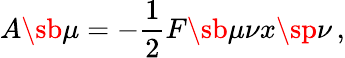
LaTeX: A\sb\mu=-\frac{1}{2}F\sb{\mu\nu}x\sp\nu\, ,